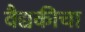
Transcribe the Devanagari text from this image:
वैद्यकीचा